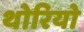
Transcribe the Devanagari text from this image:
थोरियो